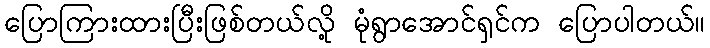
ပြောကြားထားပြီးဖြစ်တယ်လို့ မုံရွာအောင်ရှင်က ပြောပါတယ်။